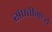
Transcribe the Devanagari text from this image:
संपत्तीमध्ये